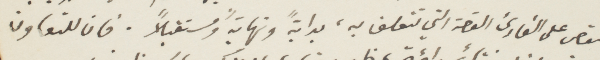
لنقص على القارئ القصة التي تتعلق به ، بداية ونهاية ومستقبلًا. فان للتعاون